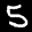
Label: 5